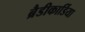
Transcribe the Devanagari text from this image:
ब्रैडीकार्डिया